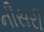
નીસરી